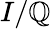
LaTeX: I/\mathbb{Q}